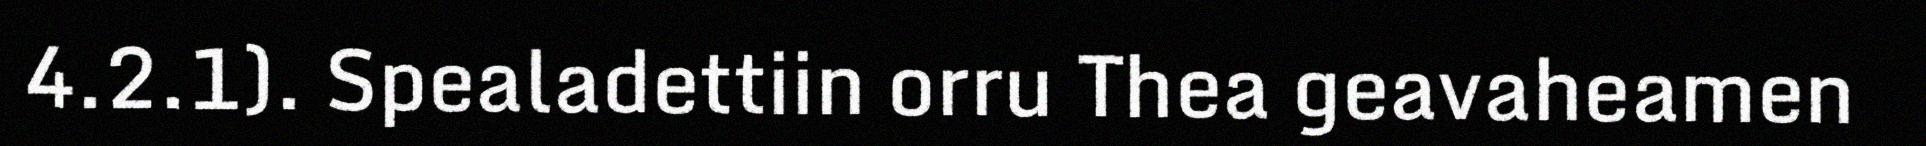
4.2.1). Spealadettiin orru Thea geavaheamen